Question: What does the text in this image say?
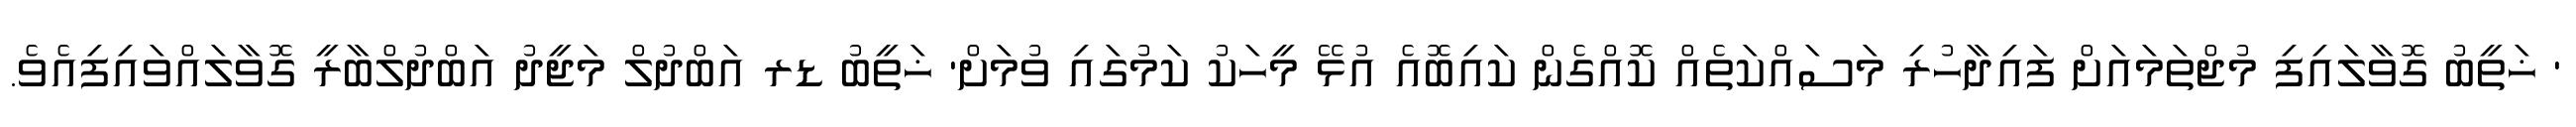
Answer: ' ޚަތީބު ގޮވާލައިފި މުޖްތަމައަށް ފައިދާހުރި މަސައްކަތެއް ކޮއްގެން ކައިބޮއެ އުޅޭ މީހަކު ކަމުގައި ވުމަށް' ޚަތީބު ޑރ އަބްދުލް މަޖީދު އަބްދުލްބާރީ ގޮވާލައްވައިފިއެވެ.